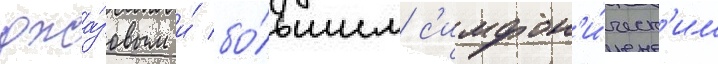
джа́зовым и́ бо́льшим с'имфон'и́ческ'им